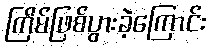
ကြိမ်ဖြစ်ပွားခဲ့ကြောင်း